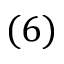
( 6 )